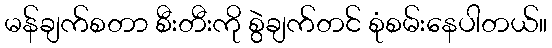
မန်ချက်စတာ စီးတီးကို စွဲချက်တင် စုံစမ်းနေပါတယ်။